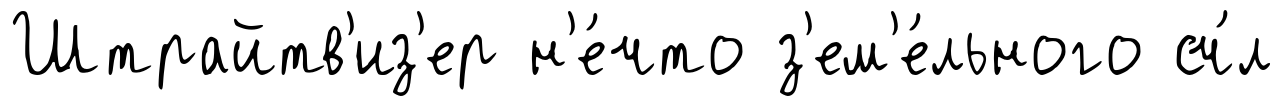
Штрайтв'из'ер н'е́что з'ем'е́льного сч́л